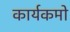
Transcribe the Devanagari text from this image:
कार्यकमो